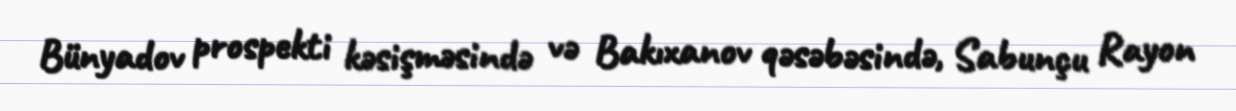
Bünyadov prospekti kəsişməsində və Bakıxanov qəsəbəsində, Sabunçu Rayon